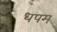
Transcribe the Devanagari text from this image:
धपम